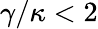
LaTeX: \gamma/\kappa<2